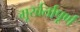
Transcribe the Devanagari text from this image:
मूर्खर्तापूर्ण